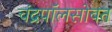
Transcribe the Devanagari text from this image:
चंद्रपॉलसोबत